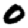
Digit: 0